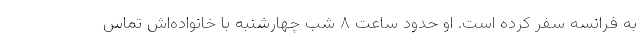
به فرانسه سفر کرده است. او حدود ساعت ۸ شب چهارشنبه با خانواده‌اش تماس